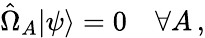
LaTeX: \hat{\Omega}_{A}\vert\psi\rangle=0\quad\forall A\, ,